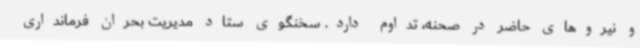
و نیروهای حاضر در صحنه، تداوم دارد. سخنگوی ستاد مدیریت بحران فرمانداری